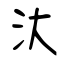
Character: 汏